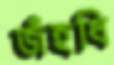
জঁহধি